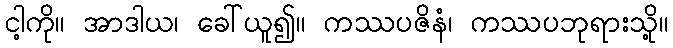
ငါ့ကို။ အာဒါယ၊ ခေါ်ယူ၍။ ကဿပဇိနံ၊ ကဿပဘုရားသို့။